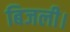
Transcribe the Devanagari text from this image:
बिजली।